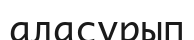
аласүрып